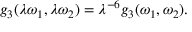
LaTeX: g _ { 3 } ( \lambda \omega _ { 1 } , \lambda \omega _ { 2 } ) = \lambda ^ { - 6 } g _ { 3 } ( \omega _ { 1 } , \omega _ { 2 } ) .